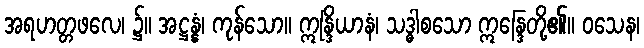
အရဟတ္တဖလေ၊ ၌။ အဋ္ဌန္နံ၊ ကုန်သော။ ဣန္ဒြိယာနံ၊ သဒ္ဓါစသော ဣန္ဒြေတို့၏။ ဝသေန၊